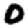
Digit: 0